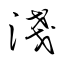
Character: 淺